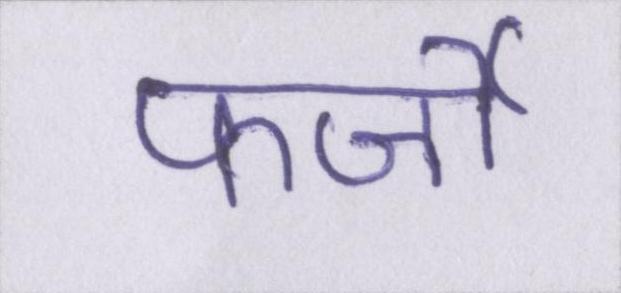
फर्जी